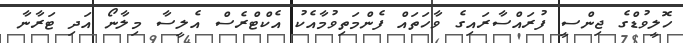
ހޮލީވުޑްގެ ޖިންސީ ފުރައްސާރައިގެ ވާހަތައް ފެންމަތިވުމާއެކު އެކްޓްރެސް އެލީސާ މިލާނޯ އަދި ޓަރާނާ